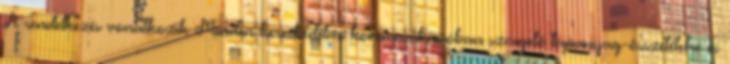
A rendelkezés vonatkozik Minden kereskedelmi kommunikációban szereplő tápanyag-összetételre és